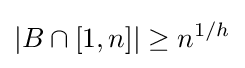
|B\cap [1,n]|\geq n^{1/h}